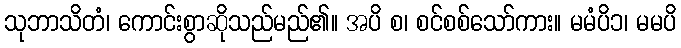
သုဘာသိတံ၊ ကောင်းစွာဆိုသည်မည်၏။ အပိ စ၊ စင်စစ်သော်ကား။ မမံပိ၁၊ မမပိ